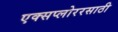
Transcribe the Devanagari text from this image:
एक्सप्लोररसाठी